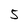
Character: 5